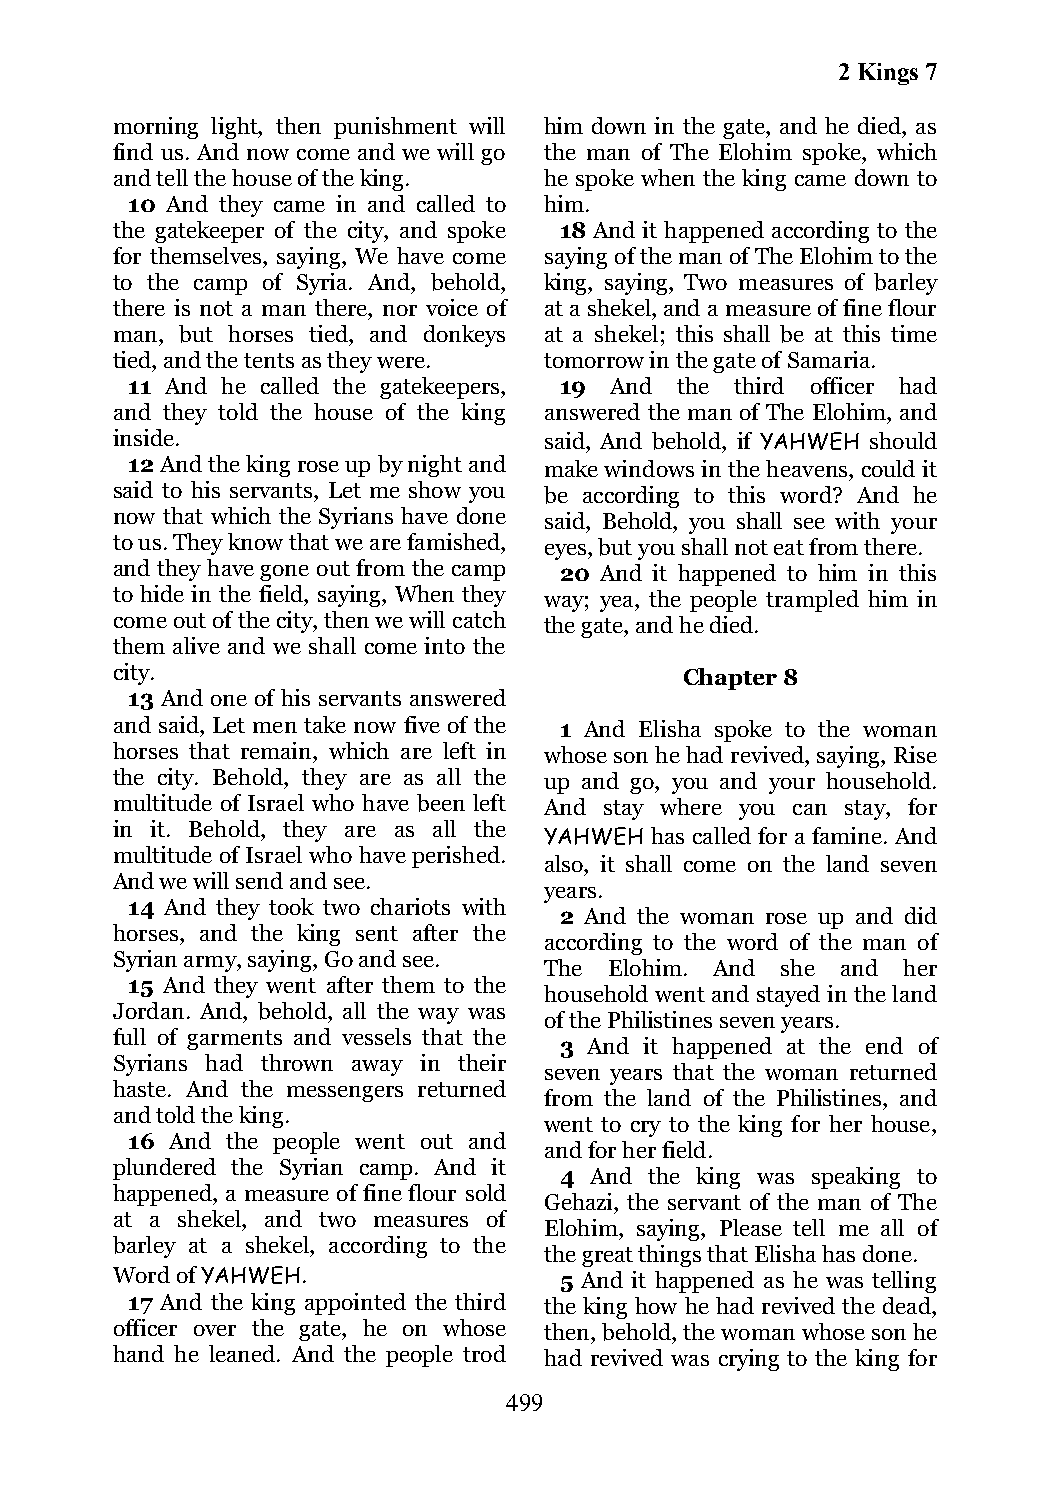
2 Kings 7
 morning light, then punishment will him down in the gate, and he died, as
 find us. And now come and we will go the man of The Elohim spoke, which
 and tell the house of the king. he spoke when the king came down to
 10 And they came in and called to him.
 the gatekeeper of the city, and spoke 18 And it happened according to the
 for themselves, saying, We have come saying of the man of The Elohim to the
 to the camp of Syria. And, behold, king, saying, Two measures of barley
 there is not a man there, nor voice of at a shekel, and a measure of fine flour
 man, but horses tied, and donkeys at a shekel; this shall be at this time
 tied, and the tents as they were. tomorrow in the gate of Samaria.
 11 And he called the gatekeepers, 19 And the third officer had
 and they told the house of the king answered the man of The Elohim, and
 inside.                      said, And behold, if YAHWEH should
 12 And the king rose up by night and make windows in the heavens, could it
 said to his servants, Let me show you be according to this word? And he
 now that which the Syrians have done said, Behold, you shall see with your
 to us. They know that we are famished, eyes, but you shall not eat from there.
 and they have gone out from the camp 20 And it happened to him in this
 to hide in the field, saying, When they way; yea, the people trampled him in
 come out of the city, then we will catch the gate, and he died.
 them alive and we shall come into the
 city.                                 Chapter 8
 13 And one of his servants answered
 and said, Let men take now five of the 1 And Elisha spoke to the woman
 horses that remain, which are left in whose son he had revived, saying, Rise
 the city. Behold, they are as all the up and go, you and your household.
 multitude of Israel who have been left And stay where you can stay, for
 in it. Behold, they are as all the
 YAHWEH has called for a famine. And
 multitude of Israel who have perished.
 also, it shall come on the land seven
 And we will send and see.
 years.
 14 And they took two chariots with
 2 And the woman rose up and did
 horses, and the king sent after the
 according to the word of the man of
 Syrian army, saying, Go and see.
 The Elohim. And she and her
 15 And they went after them to the
 household went and stayed in the land
 Jordan. And, behold, all the way was
 of the Philistines seven years.
 full of garments and vessels that the
 3 And it happened at the end of
 Syrians had thrown away in their
 seven years that the woman returned
 haste. And the messengers returned
 from the land of the Philistines, and
 and told the king.
 went to cry to the king for her house,
 16 And the people went out and
 and for her field.
 plundered the Syrian camp. And it
 4 And the king was speaking to
 happened, a measure of fine flour sold
 Gehazi, the servant of the man of The
 at a shekel, and two measures of
 Elohim, saying, Please tell me all of
 barley at a shekel, according to the
 the great things that Elisha has done.
 Word of YAHWEH.               5 And it happened as he was telling
 17 And the king appointed the third the king how he had revived the dead,
 officer over the gate, he on whose then, behold, the woman whose son he
 hand he leaned. And the people trod had revived was crying to the king for
 499